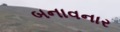
બનાવનાર